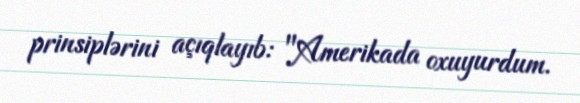
prinsiplərini açıqlayıb: "Amerikada oxuyurdum.